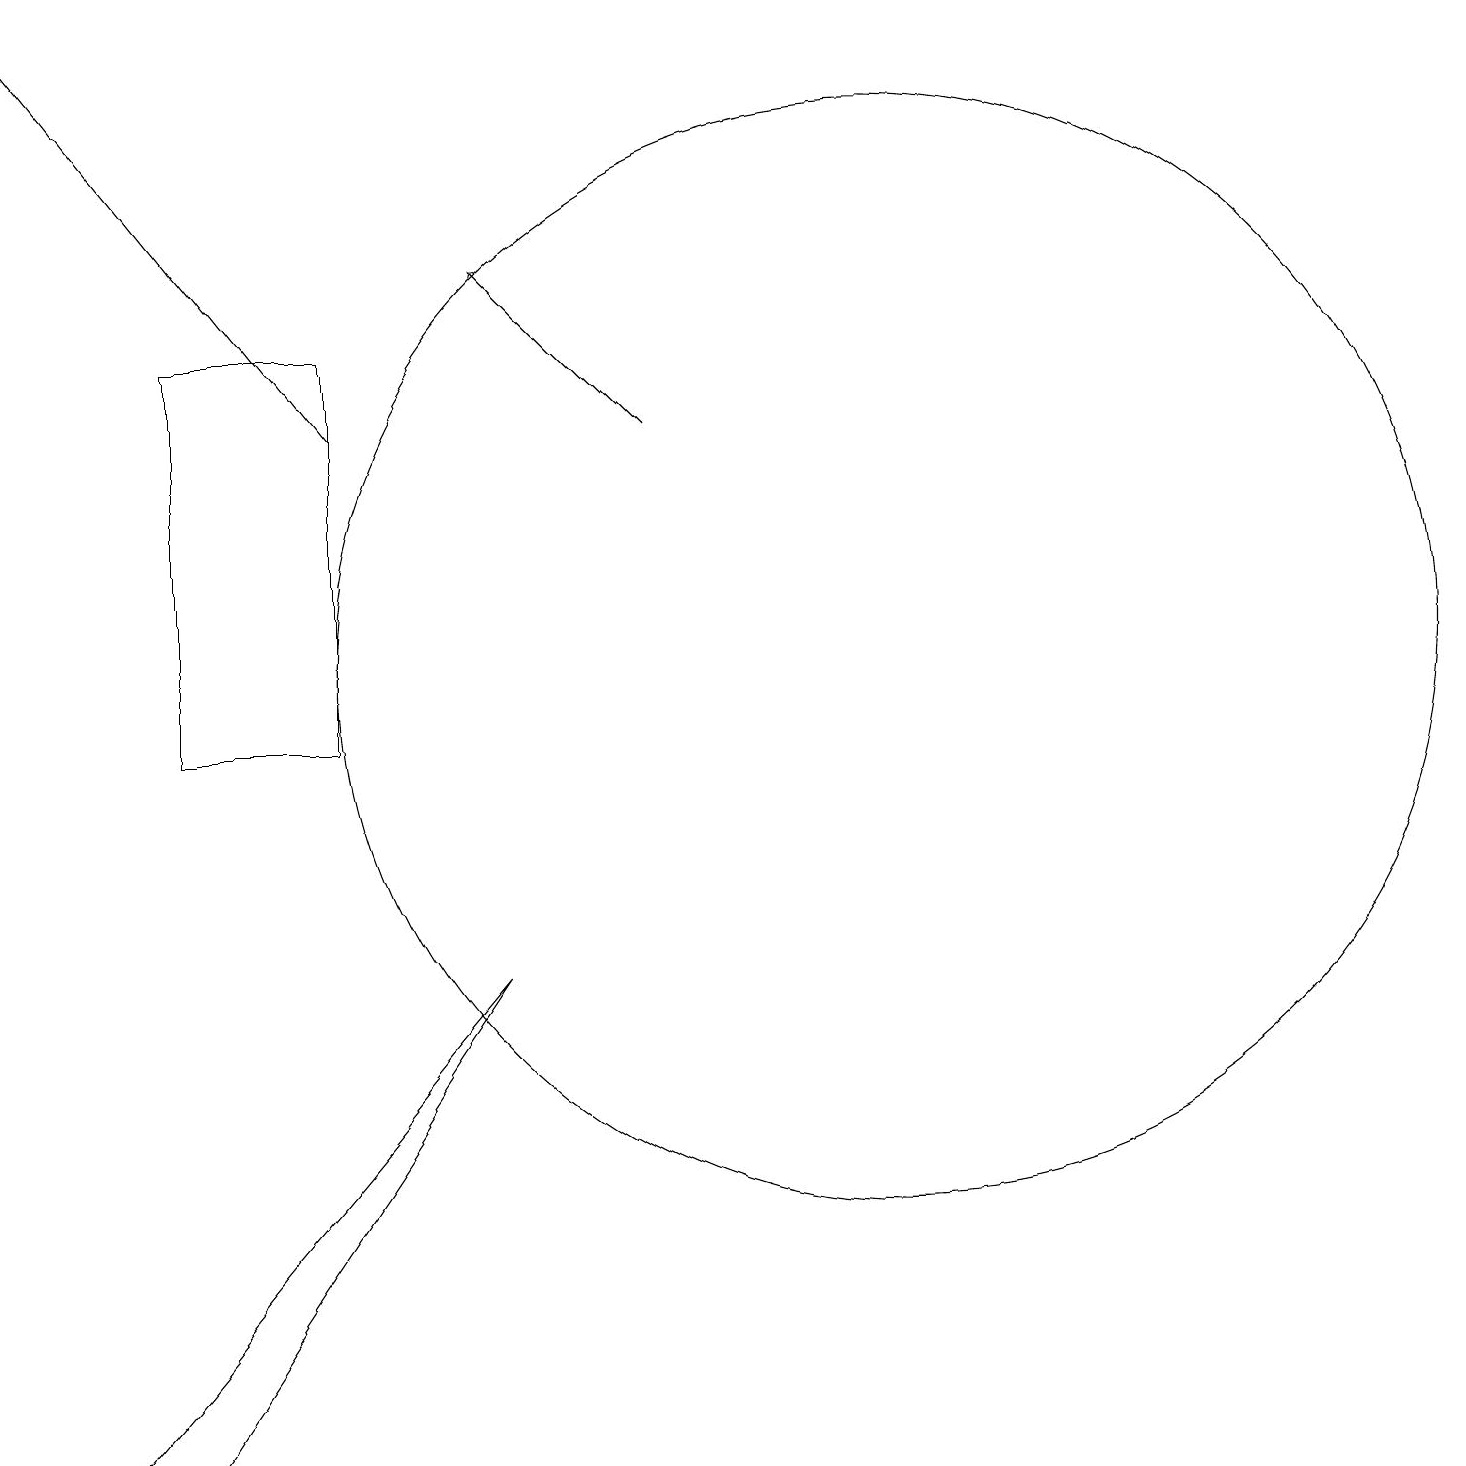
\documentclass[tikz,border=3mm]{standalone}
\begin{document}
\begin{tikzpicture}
\draw[->] (5,14) -- (1,19);
\draw (12,11) circle (7);
\draw (5,15) rectangle (3,10);
\draw[->] (9,14) -- (7,16);
\draw (3,1) -- (2,1) -- (7,7) -- cycle;
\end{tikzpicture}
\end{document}